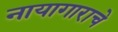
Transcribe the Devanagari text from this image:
नायागाराचे